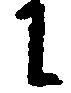
に